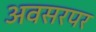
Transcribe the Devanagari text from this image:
अवसरपर